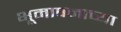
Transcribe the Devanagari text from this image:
भूमापनाच्या